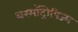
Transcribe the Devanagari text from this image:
थरमॉट्रोपिज्म